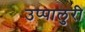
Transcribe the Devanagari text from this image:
उप्पालुरी